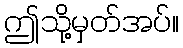
ဤသို့မှတ်အပ်။